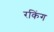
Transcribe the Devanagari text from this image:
रकिंग